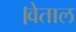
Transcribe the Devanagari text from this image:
।वेताल